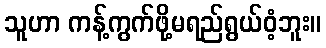
သူဟာ ကန့်ကွက်ဖို့မရည်ရွယ်ဝံ့ဘူး။